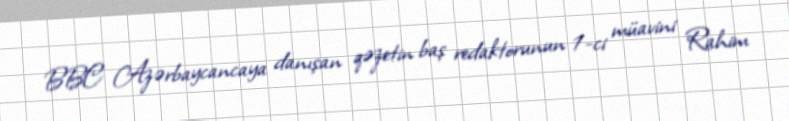
BBC Azərbaycancaya danışan qəzetin baş redaktorunun 1-ci müavini Rahim